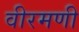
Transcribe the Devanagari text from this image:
वीरमणी